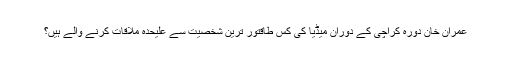
عمران خان دورہ کراچی کے دوران میڈیا کی کس طاقتور ترین شخصیت سے علیحدہ ملاقات کرنے والے ہیں؟